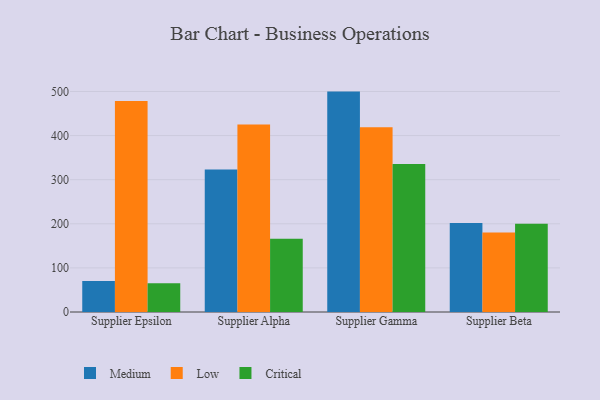
{"axis": {"x": "Supplier", "y": "Revenue (USD Million)"}, "legend": ["Critical", "Low", "Medium"], "data": [{"x": "Supplier Epsilon", "y": 70.2, "type": "Medium"}, {"x": "Supplier Epsilon", "y": 478.2, "type": "Low"}, {"x": "Supplier Epsilon", "y": 65.3, "type": "Critical"}, {"x": "Supplier Alpha", "y": 323.1, "type": "Medium"}, {"x": "Supplier Alpha", "y": 425.1, "type": "Low"}, {"x": "Supplier Alpha", "y": 166.0, "type": "Critical"}, {"x": "Supplier Gamma", "y": 499.7, "type": "Medium"}, {"x": "Supplier Gamma", "y": 419.1, "type": "Low"}, {"x": "Supplier Gamma", "y": 335.8, "type": "Critical"}, {"x": "Supplier Beta", "y": 201.9, "type": "Medium"}, {"x": "Supplier Beta", "y": 180.0, "type": "Low"}, {"x": "Supplier Beta", "y": 200.2, "type": "Critical"}]}